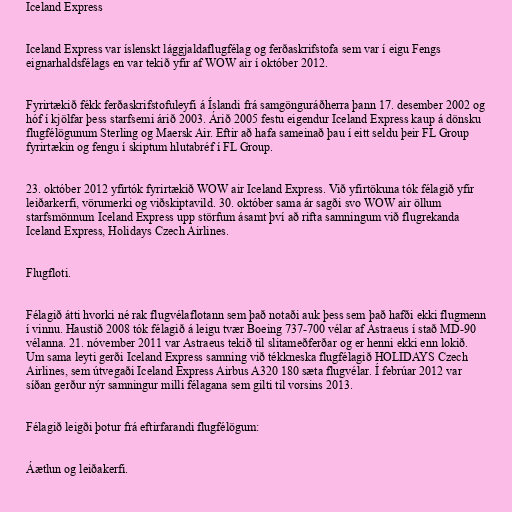
Iceland Express

Iceland Express var íslenskt lággjaldaflugfélag og ferðaskrifstofa sem var í eigu Fengs
eignarhaldsfélags en var tekið yfir af WOW air í október 2012.

Fyrirtækið fékk ferðaskrifstofuleyfi á Íslandi frá samgönguráðherra þann 17. desember 2002 og
hóf í kjölfar þess starfsemi árið 2003. Árið 2005 festu eigendur Iceland Express kaup á dönsku
flugfélögunum Sterling og Maersk Air. Eftir að hafa sameinað þau í eitt seldu þeir FL Group
fyrirtækin og fengu í skiptum hlutabréf í FL Group.

23. október 2012 yfirtók fyrirtækið WOW air Iceland Express. Við yfirtökuna tók félagið yfir
leiðarkerfi, vörumerki og viðskiptavild. 30. október sama ár sagði svo WOW air öllum
starfsmönnum Iceland Express upp störfum ásamt því að rifta samningum við flugrekanda
Iceland Express, Holidays Czech Airlines.

Flugfloti.

Félagið átti hvorki né rak flugvélaflotann sem það notaði auk þess sem það hafði ekki flugmenn
í vinnu. Haustið 2008 tók félagið á leigu tvær Boeing 737-700 vélar af Astraeus í stað MD-90
vélanna. 21. nóvember 2011 var Astraeus tekið til slitameðferðar og er henni ekki enn lokið.
Um sama leyti gerði Iceland Express samning við tékkneska flugfélagið HOLIDAYS Czech
Airlines, sem útvegaði Iceland Express Airbus A320 180 sæta flugvélar. Í febrúar 2012 var
síðan gerður nýr samningur milli félagana sem gilti til vorsins 2013.

Félagið leigði þotur frá eftirfarandi flugfélögum:

Áætlun og leiðakerfi.